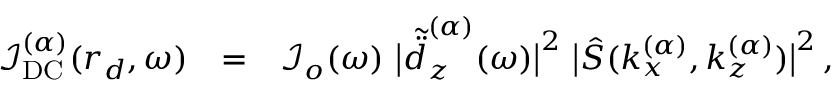
\begin{array} { r l r } { \boldsymbol { \mathcal { I } } _ { \mathrm { D C } } ^ { ( \alpha ) } ( \boldsymbol { r } _ { d } , \omega ) } & { = } & { \boldsymbol { \mathcal { I } } _ { o } ( \omega ) \, \, \big | \tilde { \ddot { d } } _ { z } ^ { ( \alpha ) } ( \omega ) \big | ^ { 2 } \, \, \big | \hat { S } ( k _ { x } ^ { ( \alpha ) } , k _ { z } ^ { ( \alpha ) } ) \big | ^ { 2 } \, , \quad \quad } \end{array}